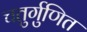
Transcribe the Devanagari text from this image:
चतुर्गुणित